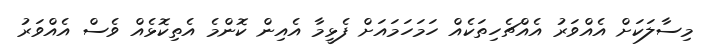
މިސާލަކަށް އެއްވަރު އެއްޗެހިތަކެއް ހަމަހަމައަށް ފެޅީމާ އެއިން ކޮންމެ އެތިކޮޅެއް ވެސް އެއްވަރު